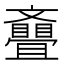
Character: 𣁪